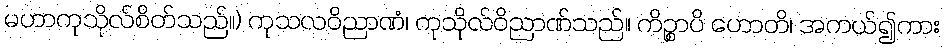
မဟာကုသိုလ်စိတ်သည်။) ကုသလဝိညာဏံ၊ ကုသိုလ်ဝိညာဏ်သည်။ ကိဉ္စာပိ ဟောတိ၊ အကယ်၍ကား